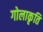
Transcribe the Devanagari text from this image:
गोलाकृति